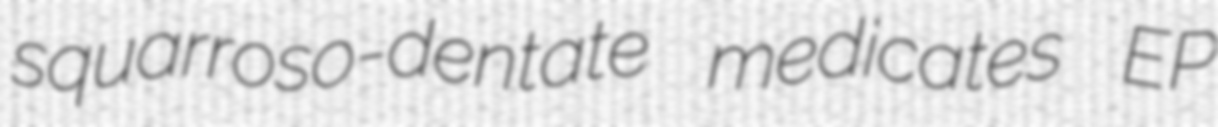
squarroso-dentate medicates EP